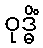
ဝုဒ္ဓိံ